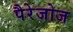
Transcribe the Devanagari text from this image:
पैरेजोज